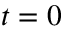
t = 0